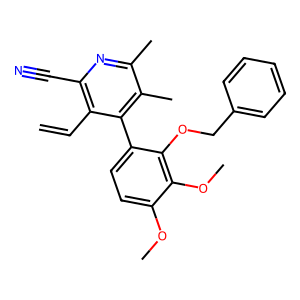
SMILES: C=Cc1c(C#N)nc(C)c(C)c1-c1ccc(OC)c(OC)c1OCc1ccccc1
Inhibits HIV replication: No